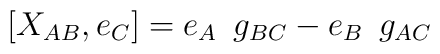
[X_{AB}, e_C] = e_A\hskip.2cm g_{BC} - e_B\hskip.2cm g_{AC}